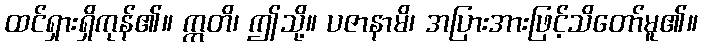
ထင်ရှားရှိကုန်၏။ ဣတိ၊ ဤသို့။ ပဇာနာမိ၊ အပြားအားဖြင့်သိတော်မူ၏။